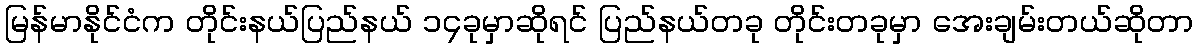
မြန်မာနိုင်ငံက တိုင်းနယ်ပြည်နယ် ၁၄ခုမှာဆိုရင် ပြည်နယ်တခု တိုင်းတခုမှာ အေးချမ်းတယ်ဆိုတာ